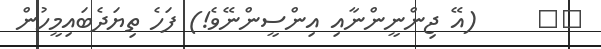
٥١     (އޭ ޖިންނީންނާއި އިންސީންނޭވެ!) ފަހެ ތިޔަދެބައިމީހުން